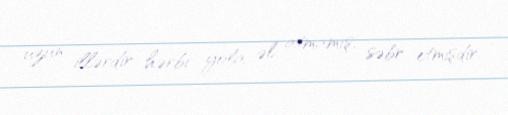
uzun illərdir hərbi yola əl atmamış, səbr etmişdir.